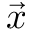
\vec { x }